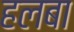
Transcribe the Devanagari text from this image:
हलबा